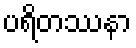
ပရိတဿနာ